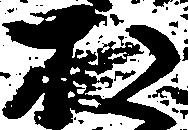
お